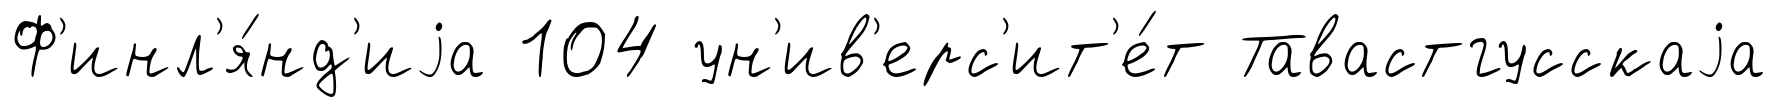
Ф'инл'я́нд'иjа 104 ун'ив'ерс'ит'е́т Тавастгусскаjа